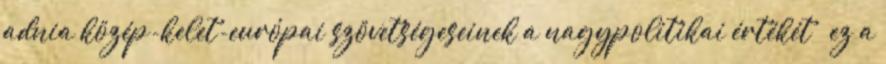
adnia közép-kelet-európai szövetségeseinek a nagypolitikai értékét – ez a